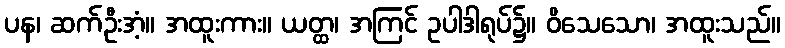
ပန၊ ဆက်ဦးအံ့။ အထူးကား။ ယတ္ထ၊ အကြင် ဥပါဒါရုပ်၌။ ဝိသေသော၊ အထူးသည်။